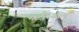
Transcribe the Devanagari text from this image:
श्रद्धाँजलि